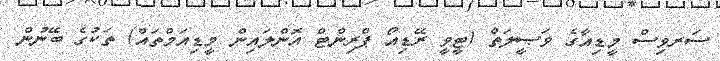
ސަރވިސް މީޑިއާގެ ވަޞީލަތް (ޓީވީ ރޭޑިއޯ ޕްރިންޓް އޮންލައިން މީޑިއަމްތައް) ތަކުގެ ބޭނުން